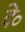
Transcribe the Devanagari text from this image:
दे०